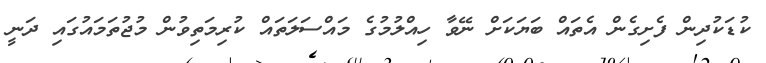
ކުޑަކުދިން ފެށިގެން އެތައް ބަޔަކަށް ނޭވާ ހިއްލުމުގެ މައްސަލަތައް ކުރިމަތިވުން މުޖުތަމައުގައި ދަނީ